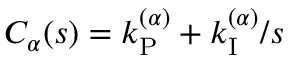
C _ { \alpha } ( s ) = k _ { \mathrm { P } } ^ { ( \alpha ) } + k _ { \mathrm { I } } ^ { ( \alpha ) } / s